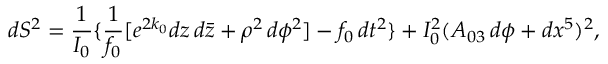
d S ^ { 2 } = { \frac { 1 } { I _ { 0 } } } \{ { \frac { 1 } { f _ { 0 } } } [ e ^ { 2 k _ { 0 } } d z \, d { \bar { z } } + \rho ^ { 2 } \, d \phi ^ { 2 } ] - f _ { 0 } \, d t ^ { 2 } \} + I _ { 0 } ^ { 2 } ( A _ { 0 3 } \, d \phi + d x ^ { 5 } ) ^ { 2 } ,